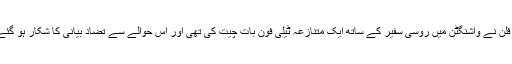
مائیکل فلِن نے واشنگٹن میں روسی سفیر کے ساتھ ایک متنازعہ ٹیلی فون بات چیت کی تھی اور اس حوالے سے تضاد بیانی کا شکار ہو گئے تھے۔